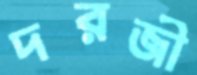
দরজী